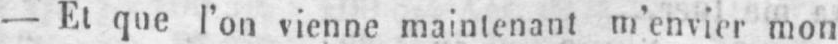
- Et que l’on vienne maintenant m’envier mon